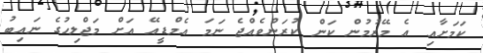
ކަމަށާއި އެ މޭރުމުން ކަން ކުރަންވެއްޖެ ނަމަ އެމްޑީއޭ އަށް މަޖްލިހުގެ ނައިބު